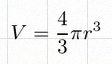
V=\frac43\pi r^3